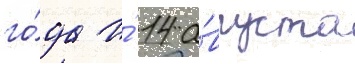
го́да и́ 14 а́вгуста